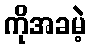
ကိုအခမဲ့